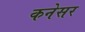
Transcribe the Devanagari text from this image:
कनेसर